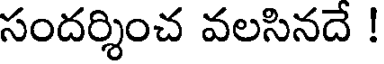
సందర్శించ వలసినదే !